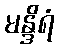
မန္ဒိရံ